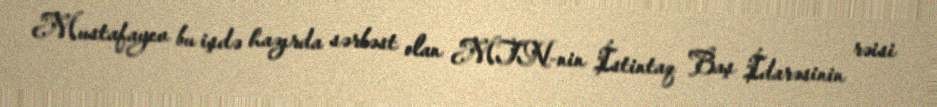
Mustafayev bu işdə hazırda sərbəst olan MTN-nin İstintaq Baş İdarəsinin rəisi